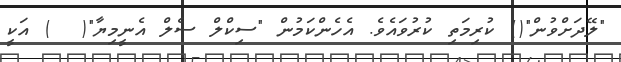
"ލޭދަށްވުން"() ކުރިމަތި ކުރުވައެވެ. އެހެންކަމުން "ސިކްލް ސެލް އެނީމިޔާ"(  ) އަކީ